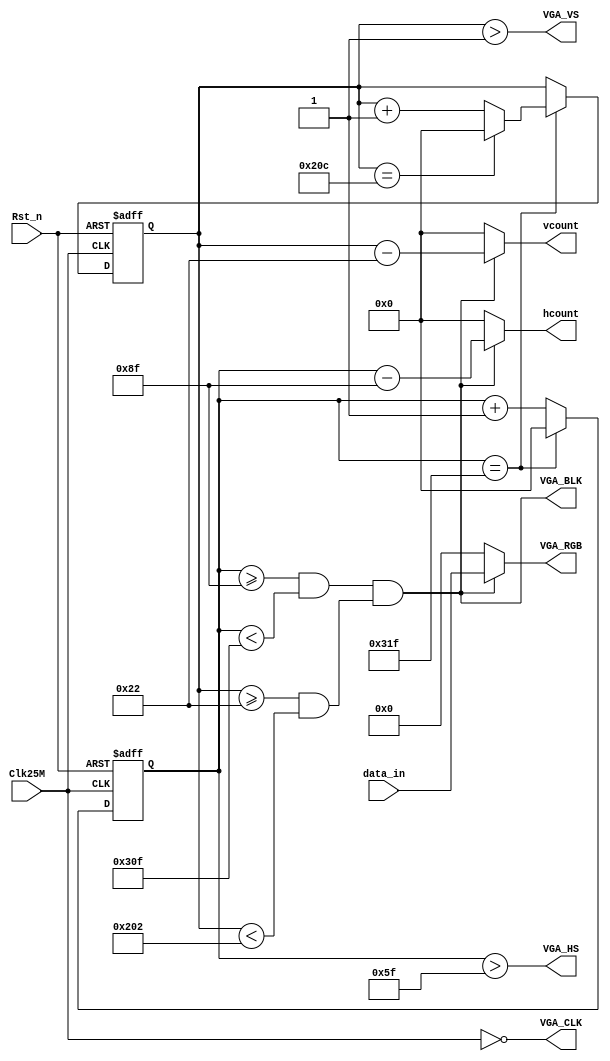
module VGA_CTRL(
	Clk25M,	//25MHZ
	Rst_n,	//
	data_in,	//
	hcount,		//VGA
	vcount,		//VGA
	VGA_RGB,	//VGA
	VGA_HS,		//VGA
	VGA_VS,		//VGA
	VGA_BLK,		//VGA 
	VGA_CLK		//VGA DAC
);
			
	//--------------------------------
	input  Clk25M;          //25MHZ
	input  Rst_n;
	input  [23:0]data_in;     //

	//--------------------------------
	output [9:0]hcount;
	output [9:0]vcount;
	output [23:0]VGA_RGB;  //VGA
	output VGA_HS;           //VGA
	output VGA_VS;           //VGA
	output VGA_BLK;		//VGA 
	output VGA_CLK;		//VGA DAC
	
	//VGADAC
	assign VGA_CLK = ~Clk25M;

	//--------------------------------
	reg [9:0] hcount_r;     //VGA
	reg [9:0] vcount_r;     //VGA
	//--------------------------------
	wire hcount_ov;
	wire vcount_ov;
	wire dat_act;//

	//VGA
	parameter VGA_HS_end=10'd95,
				 hdat_begin=10'd143,
				 hdat_end=10'd783,
				 hpixel_end=10'd799,
				 VGA_VS_end=10'd1,
				 vdat_begin=10'd34,
				 vdat_end=10'd514,
				 vline_end=10'd524;

	assign hcount=dat_act?(hcount_r-hdat_begin):10'd0;
	assign vcount=dat_act?(vcount_r-vdat_begin):10'd0;

	//
	always@(posedge Clk25M or negedge Rst_n)
	if(!Rst_n)
		hcount_r<=10'd0;
	else if(hcount_ov)
		hcount_r<=10'd0;
	else
		hcount_r<=hcount_r+10'd1;

	assign hcount_ov=(hcount_r==hpixel_end);

	//
	always@(posedge Clk25M or negedge Rst_n)
	if(!Rst_n)
		vcount_r<=10'd0;
	else if(hcount_ov) begin
		if(vcount_ov)
			vcount_r<=10'd0;
		else
			vcount_r<=vcount_r+10'd1;
	end
	else 
		vcount_r<=vcount_r;
		
	assign 	vcount_ov=(vcount_r==vline_end);

	//
	assign dat_act=((hcount_r>=hdat_begin)&&(hcount_r<hdat_end))
					&&((vcount_r>=vdat_begin)&&(vcount_r<vdat_end));
					
	assign VGA_BLK = dat_act;
					
	assign VGA_HS=(hcount_r>VGA_HS_end);
	assign VGA_VS=(vcount_r>VGA_VS_end);
	assign VGA_RGB=(dat_act)?data_in:24'h000000;
		
endmodule